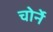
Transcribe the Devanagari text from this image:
चोर्ने